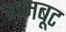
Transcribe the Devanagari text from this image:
गमबूट